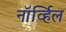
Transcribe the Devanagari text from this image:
नॉर्व्हिल